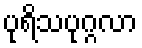
ပုရိသပုဂ္ဂလာ